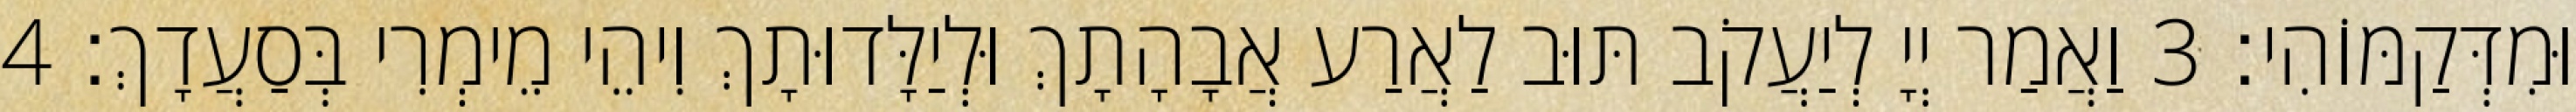
וּמִדְּקַמּוֹהִי׃ 3 וַאֲמַר יְיָ לְיַעֲקֹב תּוּב לַאֲרַע אֲבָהָתָךְ וּלְיַלָּדוּתָךְ וִיהֵי מֵימְרִי בְּסַעֲדָךְ׃ 4